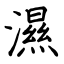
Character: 濕